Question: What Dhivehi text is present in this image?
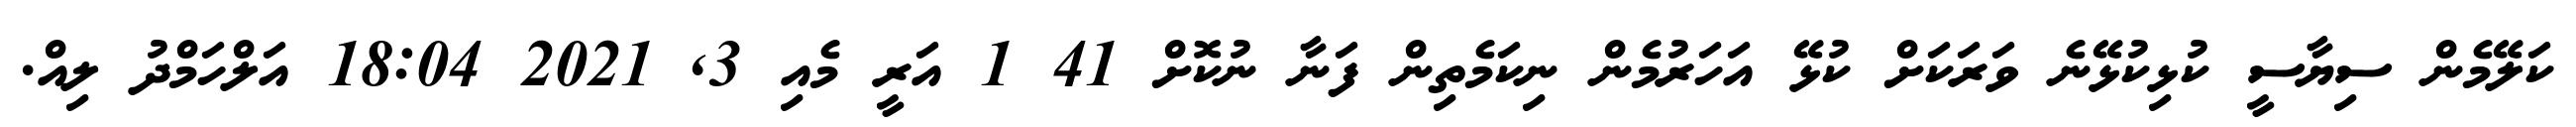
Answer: ކަލޭމެން ސިޔާސީ ކުޅިކުޅޭނެ ވަރަކަށް ކުޅޭ އަހަރުމެން ނިކަމެތިން ފަނާ ނުކޮށް 41 1 އަރީ މެއި 3, 2021 18:04 އަލްހަމްދު ލިއް.